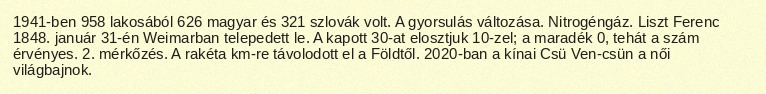
1941-ben 958 lakosából 626 magyar és 321 szlovák volt. A gyorsulás változása. Nitrogéngáz. Liszt Ferenc 1848. január 31-én Weimarban telepedett le. A kapott 30-at elosztjuk 10-zel; a maradék 0, tehát a szám érvényes. 2. mérkőzés. A rakéta km-re távolodott el a Földtől. 2020-ban a kínai Csü Ven-csün a női világbajnok.